Annual report on the lock hospitals of the Madras Presidency
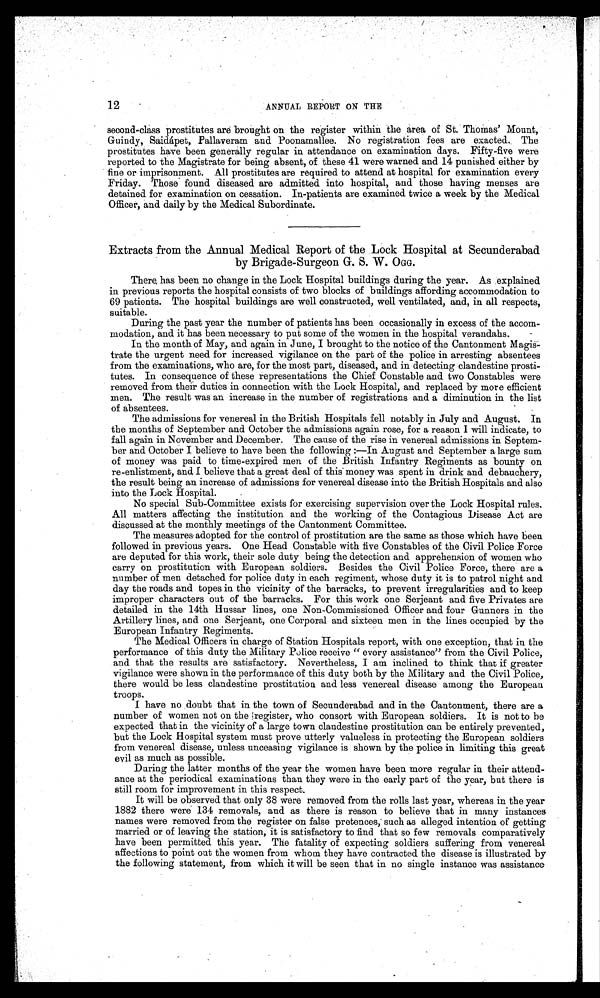
12
ANNUAL REPORT ON THE
second-class prostitutes are brought on the register within the area of St. Thomas' Mount,
Guindy, Saidápet, Pallaveram and Poonamallee. No registration fees are exacted. The
prostitutes have been generally regular in attendance on examination days. Fifty-five were
reported to the Magistrate for being absent, of these 41 were warned and 14 punished either by
fine or imprisonment. All prostitutes are required to attend at hospital for examination every
Friday. Those found diseased are admitted into hospital, and those having menses are
detained for examination on cessation. In-patients are examined twice a week by the Medical
Officer, and daily by the Medical Subordinate.
Extracts from the Annual Medical Report of the Lock Hospital at Secunderabad
by Brigade-Surgeon G. S. W. O GG.
There has been no change in the Lock Hospital buildings during the year. As explained
in previous reports the hospital consists of two blocks of buildings affording accommodation to
69 patients. The hospital buildings are well constructed, well ventilated, and, in all respects,
suitable.
During the past year the number of patients has been occasionally in excess of the accom-
modation, and it has been necessary to put some of the women in the hospital verandahs.
In the month of May, and again in June, I brought to the notice of the Cantonment Magis-
trate the urgent need for increased vigilance on the part of the police in arresting absentees
from the examinations, who are, for the most part, diseased, and in detecting clandestine prosti-
tutes. In consequence of these representations the Chief Constable and two Constables were
removed from their duties in connection with the Lock Hospital, and replaced by more efficient
men. The result was an increase in the number of registrations and a diminution in the list
of absentees.
The admissions for venereal in the British Hospitals fell notably in July and August. In
the months of September and October the admissions again rose, for a reason I will indicate, to
fall again in November and December. The cause of the rise in venereal admissions in Septem-
ber and October I believe to have been the following :—In August and September a large sum
of money was paid to time-expired men of the British Infantry Regiments as bounty on
re-enlistment, and I believe that a great deal of this money was spent in drink and debauchery,
the result being an increase of admissions for venereal disease into the British Hospitals and also
into the Lock Hospital.
No special Sub-Committee exists for exercising supervision over the Lock Hospital rules.
All matters affecting the institution and the working of the Contagious Disease Act are
discussed at the monthly meetings of the Cantonment Committee.
The measures adopted for the control of prostitution are the same as those which have been
followed in previous years. One Head Constable with five Constables of the Civil Police Force
are deputed for this work, their sole duty being the detection and apprehension of women who
carry on prostitution with European soldiers. Besides the Civil Police Force, there are a
number of men detached for police duty in each regiment, whose duty it is to patrol night and
day the roads and topes in the vicinity of the barracks, to prevent irregularities and to keep
improper characters out of the barracks. For this work one Serjeant and five Privates are
detailed in the 14th Hussar lines, one Non-Commissioned Officer and four Gunners in the
Artillery lines, and one Serjeant, one Corporal and sixteen men in the lines occupied by the
European Infantry Regiments.
The Medical Officers in charge of Station Hospitals report, with one exception, that in the
performance of this duty the Military Police receive " every assistance" from the Civil Police,
and that the results are satisfactory. Nevertheless, I am inclined to think that if greater
vigilance were shown in the performance of this duty both by the Military and the Civil Police,
there would be less clandestine prostitution and less venereal disease among the European
troops.
I have no doubt that in the town of Secunderabad and in the Cantonment, there are a
number of women not on the register, who consort with European soldiers. It is not to be
expected that in the vicinity of a large town clandestine prostitution can be entirely prevented,
but the Lock Hospital system must prove utterly valueless in protecting the European soldiers
from venereal disease, unless unceasing vigilance is shown by the police in limiting this great
evil as much as possible.
During the latter months of the year the women have been more regular in their attend-
ance at the periodical examinations than they were in the early part of the year, but there is
still room for improvement in this respect.
It will be observed that only 38 were removed from the rolls last year, whereas in the year
1882 there were 134 removals, and as there is reason to believe that in many instances
names were removed from the register on false pretences; such as alleged intention of getting
married or of leaving the station, it is satisfactory to find that so few removals comparatively
have been permitted this year. The fatality of expecting soldiers suffering from venereal
affections to point out the women from whom they have contracted the disease is illustrated by
the following statement, from which it will be seen that in no single instance was assistance